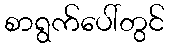
စာရွက်ပေါ်တွင်